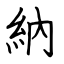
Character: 納